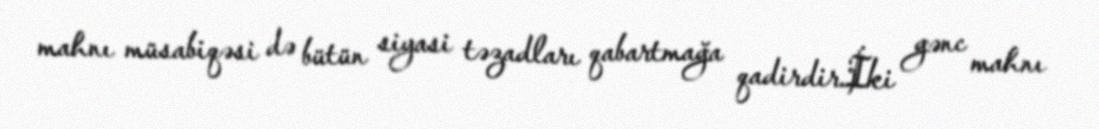
mahnı müsabiqəsi də bütün siyasi təzadları qabartmağa qadirdir.İki gənc mahnı